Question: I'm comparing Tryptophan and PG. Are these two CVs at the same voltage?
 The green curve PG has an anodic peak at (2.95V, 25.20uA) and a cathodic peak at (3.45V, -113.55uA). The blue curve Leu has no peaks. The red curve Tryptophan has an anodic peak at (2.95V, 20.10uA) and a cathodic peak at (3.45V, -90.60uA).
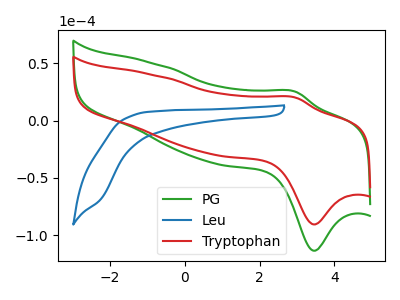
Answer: <think>All the peaks in "Tryptophan" have a peak in "PG" at the same potential. Every peak in "Tryptophan" is lower than every peak in "PG".
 </think>
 <answer>"Tryptophan" and "PG" are similar in shape.</answer>
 <eval>same_shape</eval>